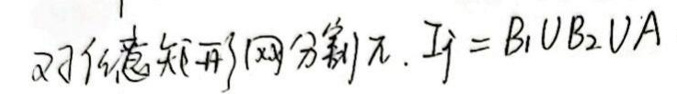
对任意知开(网分割$) \pi,\ I_{\mathcal{J}}=B_1\cup B_2\cup A$